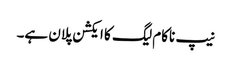
نیپ ناکام لیگ کا ایکشن پلان ہے۔